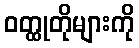
ဝတ္ထုတိုများကို